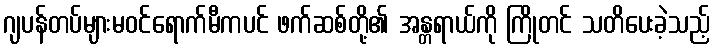
ဂျပန်တပ်များမဝင်ရောက်မီကပင် ဖက်ဆစ်တို့၏ အန္တရာယ်ကို ကြိုတင် သတိပေးခဲ့သည့်